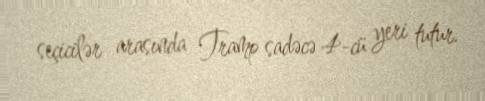
seçicilər arasında Tramp sadəcə 4-cü yeri tutur.